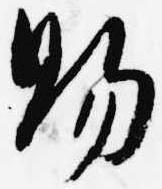
賜